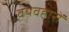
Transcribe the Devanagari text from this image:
वयवहारों